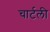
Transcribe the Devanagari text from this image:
चार्टली